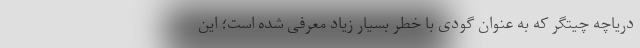
دریاچه چیتگر که به عنوان گودی با خطر بسیار زیاد معرفی شده است؛ این